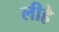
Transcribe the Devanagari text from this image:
लीहे